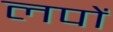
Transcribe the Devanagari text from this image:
लपों